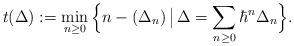
LaTeX: \begin{align*} t(\Delta) := \min_{n\geq 0}\Big\{n - (\Delta_n)\, \big|\,\Delta = \sum_{n\geq 0}\hbar^n\Delta_{n}\Big\}. \end{align*}